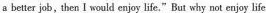
a better job, then Iwould enjoy life."But why not enjoy life